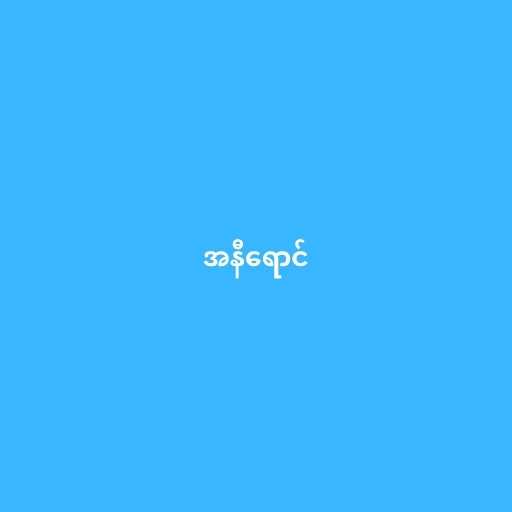
အနီရောင်